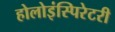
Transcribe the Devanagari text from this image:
होलोइंस्पिरेटरी